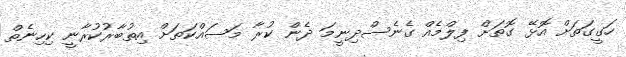
ހަގީގަތަށް އޮޅޭ ގޮތަށް ފިލްމެއް ގެނެސްދިނީމަ ދެން ކުރާ މަސައްކަތަށް އިތުބާރުކުރާނީ ކިހިނެތް